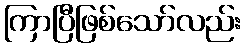
ကြာပြီဖြစ်သော်လည်း